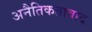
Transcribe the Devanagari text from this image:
अनैतिकतावाद